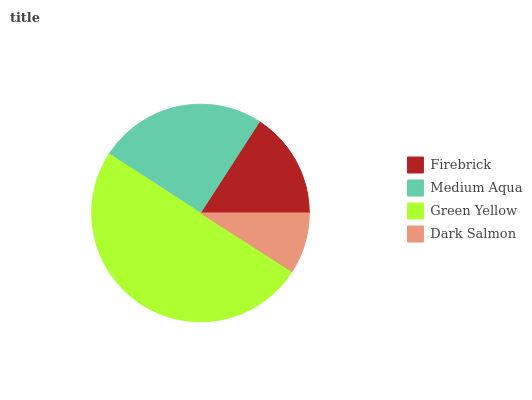
| Firebrick | Medium Aqua | Green Yellow | Dark Salmon |
 | --- | --- | --- | --- |
 | 15.9% | 25% | 50.1% | 9.05% |